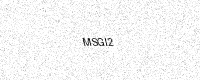
Text: MSGI2